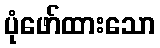
ပုံဖော်ထားသော